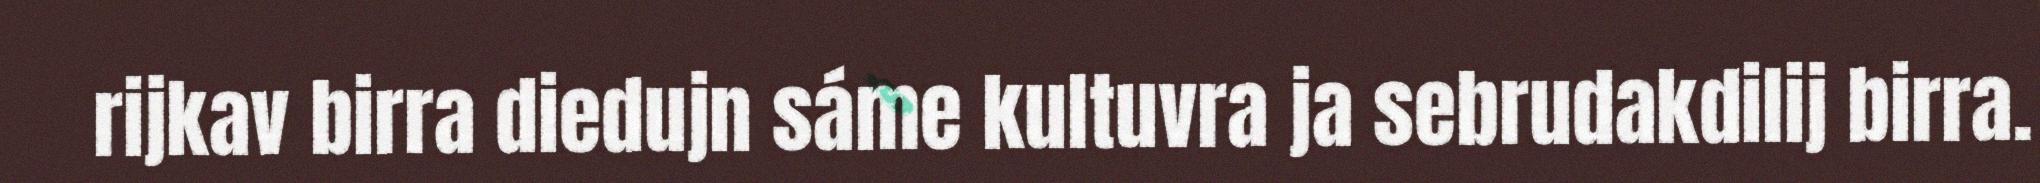
rijkav birra diedujn sáme kultuvra ja sebrudakdilij birra.